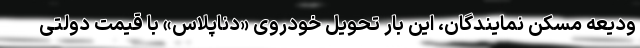
ودیعه مسکن نمایندگان، این بار تحویل خودروی «دناپلاس» با قیمت دولتی